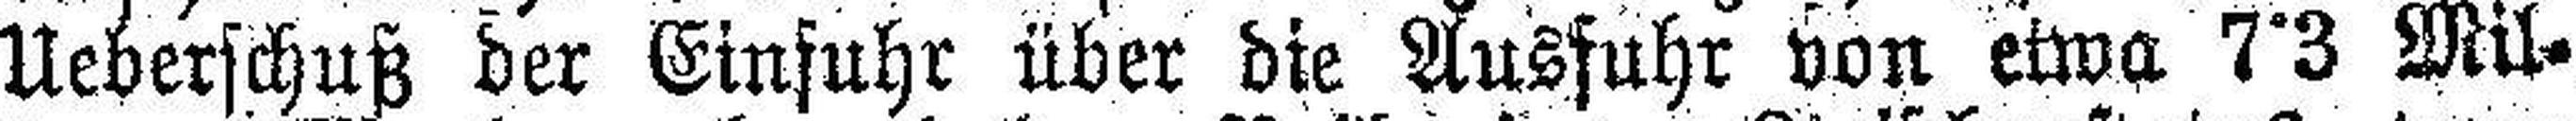
Ueberschuß der Einfuhr über die Ausfuhr von etwa 7°3 Mil¬